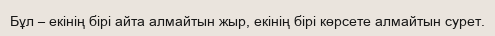
Бұл – екінің бірі айта алмайтын жыр, екінің бірі көрсете алмайтын сурет.